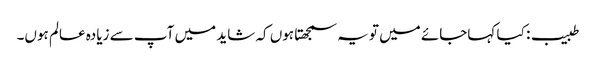
طبیب: کیا کہاجائے میں تو یہ سمجھتا ہوں کہ شاید میں آپ سے زیادہ عالم ہوں۔